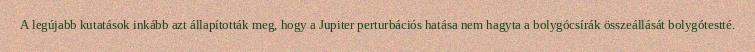
A legújabb kutatások inkább azt állapították meg, hogy a Jupiter perturbációs hatása nem hagyta a bolygócsírák összeállását bolygótestté.